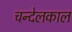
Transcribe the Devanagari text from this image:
चन्देलकाल